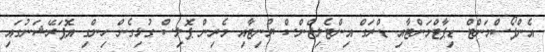
އެންފޯސްމަންޓް ޑިޕާޓްމަންޓާއި ޑްރަގް އިންޓެލިޖެންސް ޔުނިޓާއި މެރިން ޕޮލިސް ގުޅިގެން ހިންގި އޮޕަރޭޝަނުގައި